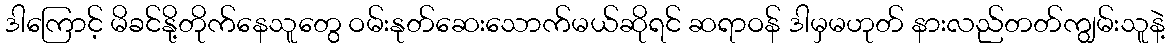
ဒါကြောင့် မိခင်နို့တိုက်နေသူတွေ ဝမ်းနုတ်ဆေးသောက်မယ်ဆိုရင် ဆရာဝန် ဒါမှမဟုတ် နားလည်တတ်ကျွမ်းသူနဲ့